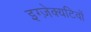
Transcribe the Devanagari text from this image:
इग्ज़ेक्यटिवों